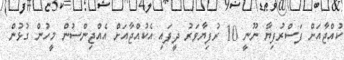
ކުއްޖާއަށް ފަސްރުފިޔާ ނޫނީ 10 ރުފިޔާވަރު ދީފައި އެކުއްޖާއަށް އެއްޖިންސުން މީހުން ގުޅުން